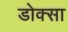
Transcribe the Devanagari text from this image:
डोक्सा